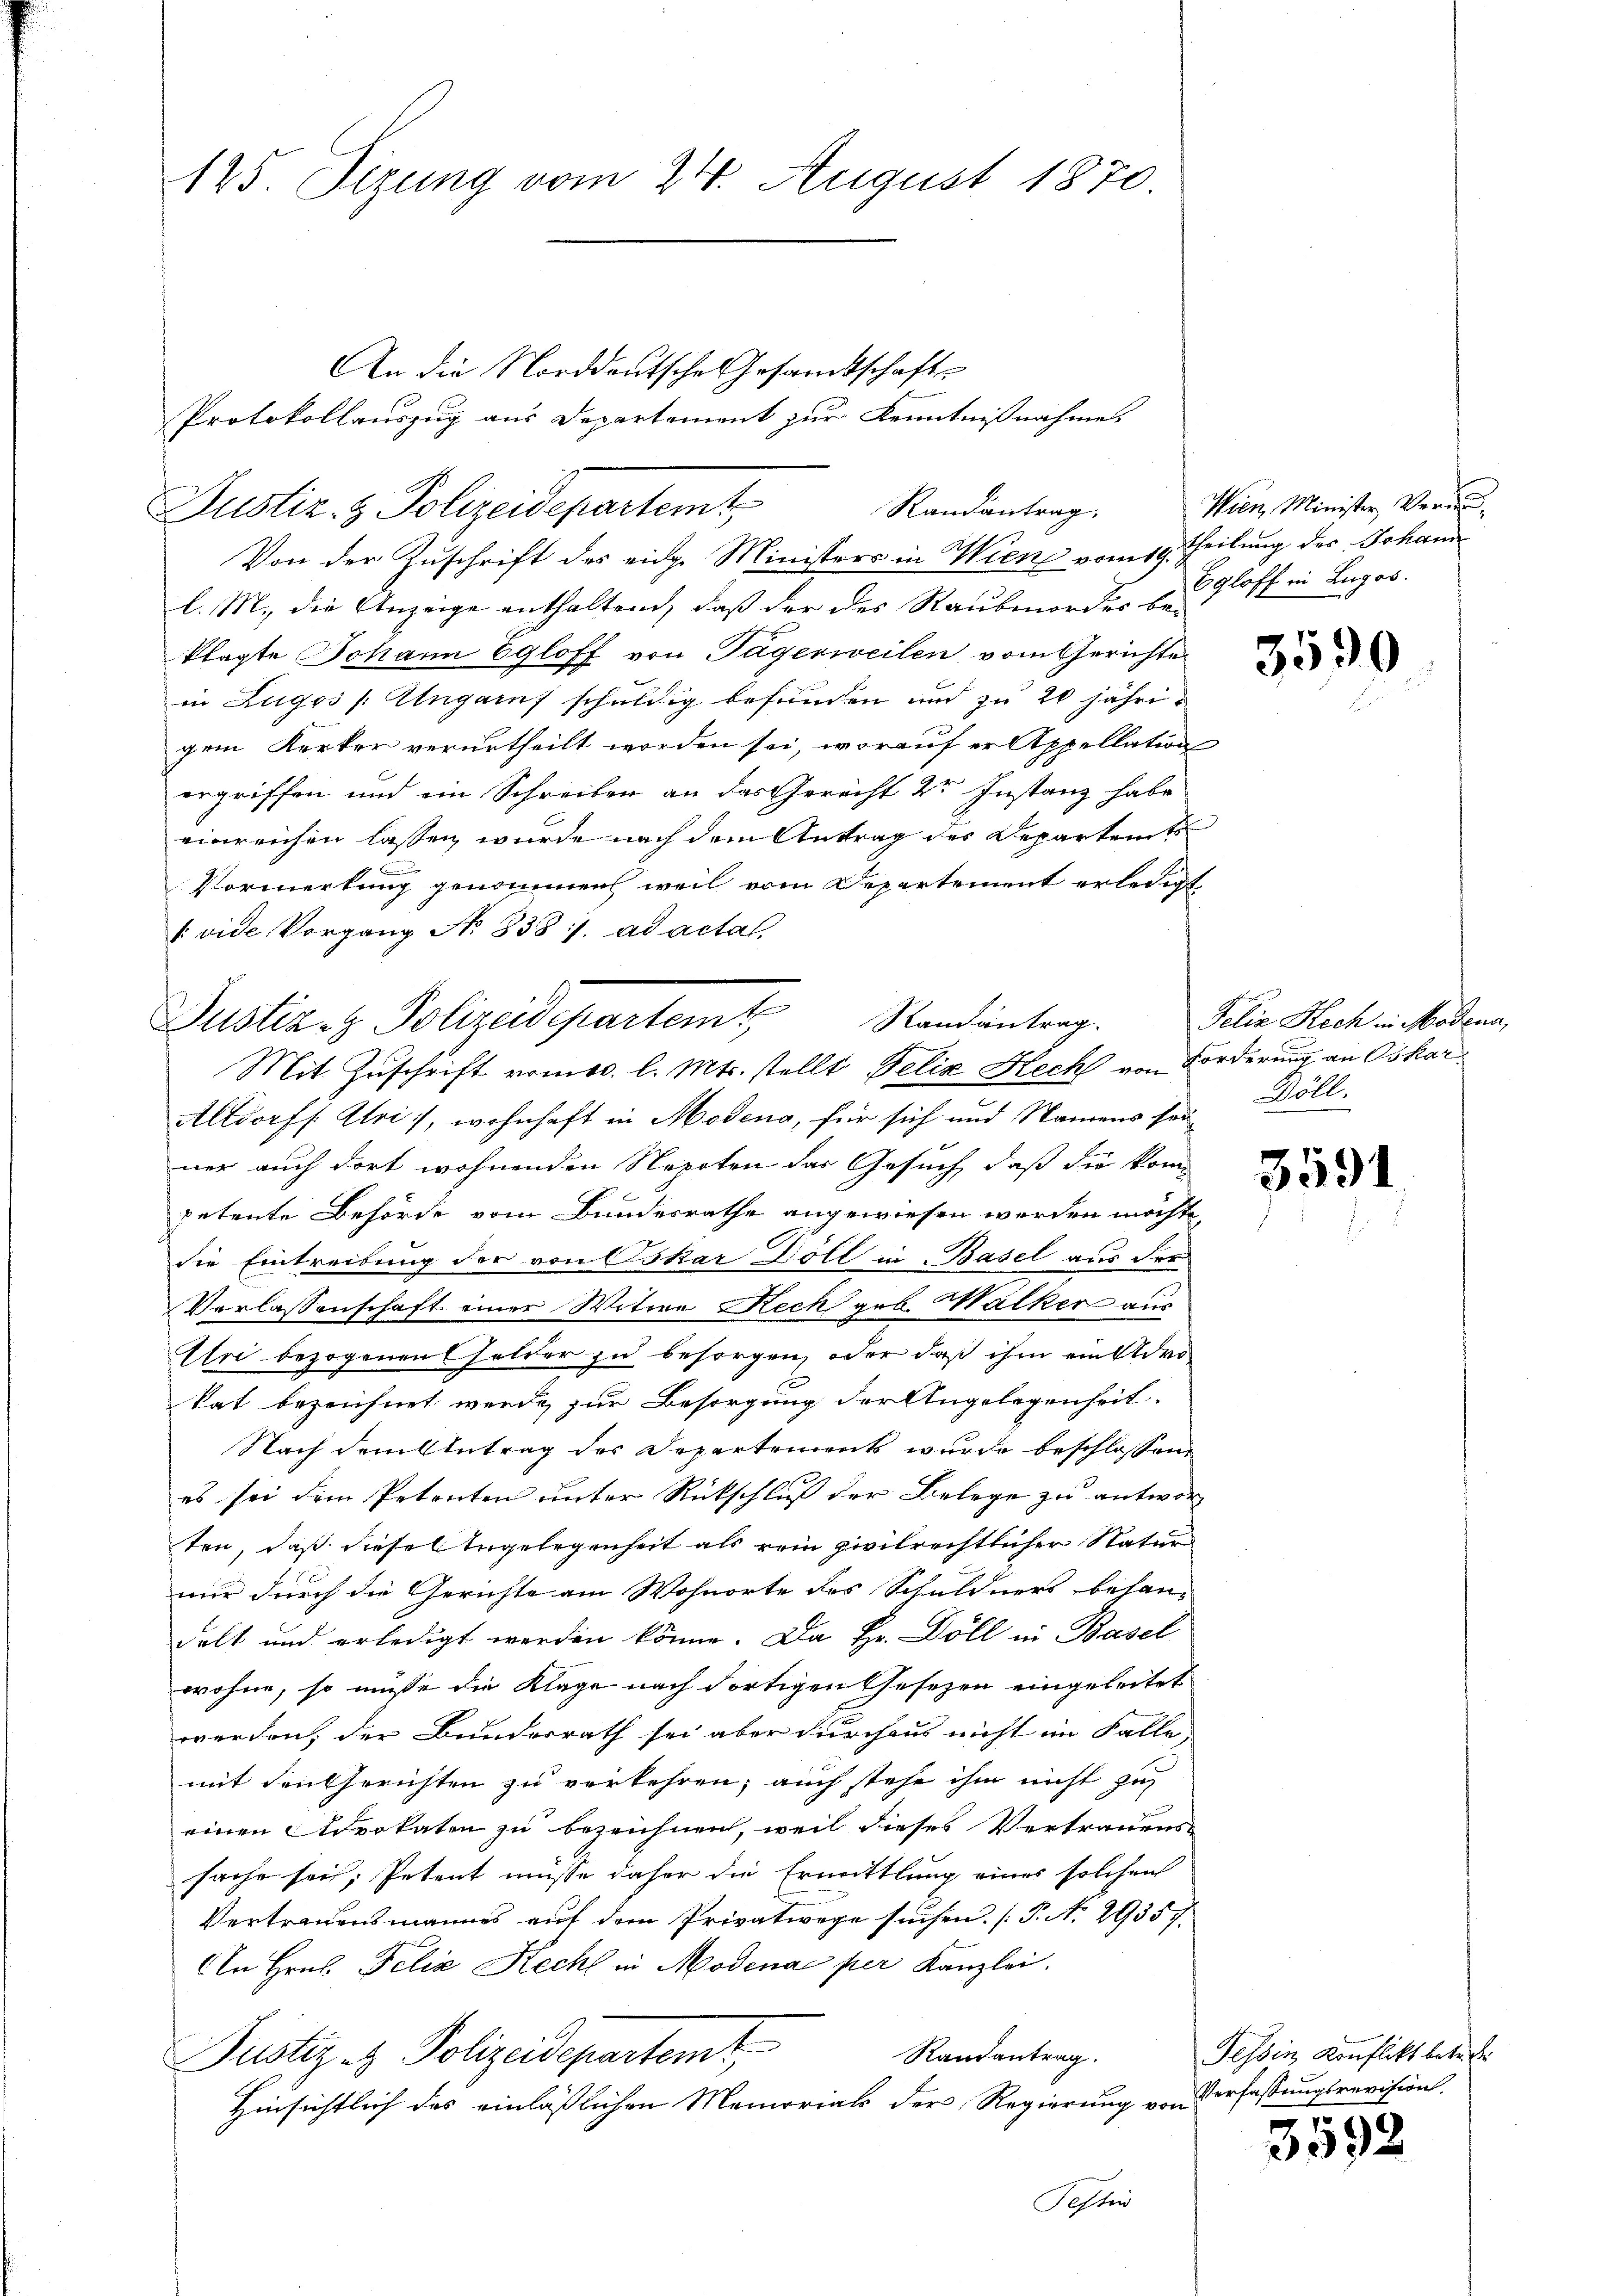
125. Sizung vom 24. August 1870.

Justiz- & Polizeidepartemt,
Randantrag.

An die Norddeutsche Gesandtschafts

Von der Zuschrift des eidg. Ministers in Wien vom 19. Theilung des Johann
l. M., die Anzeige enthaltend, daß der des Raubmordes be-
klagte Johann Egloff von Tägerweilen vom Gerichte
in Zuges [Ungarf schuldig befunden und zu 20 jährigem Kerker verurtheilt worden sei, worauf er Appellation
ergriffen und ein Schreiben an das Gerecht dr Instanz habe
einreichen lassen wurde nach dem Antrag der Departent
.
Vormerkung genommen, weil vom Departement erledigt
(vide Vorgang No. 838 s. ad actal,
Altdorff Atri), wohnhaft in Modena, für sich und Namens sei
ner auch dort wohnenden Nepoten das Gesuch, daß die kom
petente Behörde vom Bundesrathe angewiesen werden möchte,
die Eintreibung der von Oskar Döll in Basel aus der
Verlassenschaft einer Witere Recht geb. Walker aus
Uri bezogenen Gelder zu besorgen, oder daß ihm ein Adrokat bezeichnet werde zur Besorgung der Angelegenheit.
Nach dem Antrag des Departements wurde beschlossen
es sei dem Petenten unter Rückschluß der Belege zu antwort
ten, daß diese Angelegenheit als rein zivilrechtlicher Natur
nur durch die Gerichte am Wohnorte des Schuldners behan-
delt und erledigt werden könne. Da Hr. Döll in Basel
wohne, so müsse die Klage nach dortigen Gesezen eingeleitet
werden, der Bundesrath sei aber durchaus nicht im Falle,
mit den Gerichten zu verkehren, auch stehe ihm nicht zu
einen Advokaten zu bezeichnen, weil dieses Vertrauens
sache sei; Petent müsse daher die Ermittlung eines solchen
Vertrauensmannes auf dem Privatwege suchen. (T. No. 29357.
In Hrn. Felix Kecht in Modenae per Kanzlei.
Randantrag.
Justiz- & Polizeidepartemt,
Hinsichtlich des einläßlichen Memorials der Regierung von
Festi

Justiz- & Polizeidepartem Randantrag.
Mit Zuschrift vom 10. l. Mts. stellt Felix Hecht von Forderung an Oskar

Protokollauszug aus Departement zur Kenntnißnahme.

Wien, Minister Ver
Egloff in Lugos.

3590

Felix Hoch in Modena,
Böll.

3591

Tessin Konflikt betr. d
Verfassungsrevision
p

3592